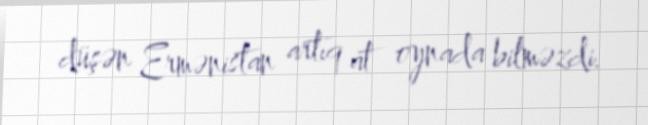
düşən Ermənistan artıq at oynada bilməzdi.